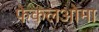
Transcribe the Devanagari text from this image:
फेकलओमा